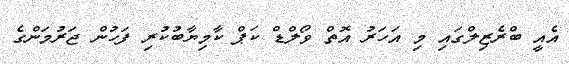
އެއީ ބްރެޒިލްގައި މި އަހަރު އޮތް ވޯލްޑް ކަޕް ކާމިޔާބުކުރި ފަހުން ޖަރުމަންގެ